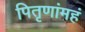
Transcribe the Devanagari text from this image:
पितृणांमहं